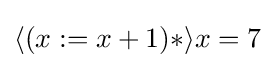
\langle (x:=x+1)*\rangle x=7\,\!